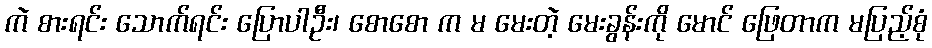
ကဲ စားရင်း သောက်ရင်း ပြောပါဦး၊ စောစော က မ မေးတဲ့ မေးခွန်းကို မောင် ဖြေတာက မပြည့်စုံ